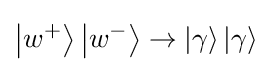
\left|w^{+}\right\rangle \left|w^{-}\right\rangle \to \left|\gamma \right\rangle \left|\gamma \right\rangle